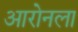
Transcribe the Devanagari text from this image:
आरोनला